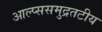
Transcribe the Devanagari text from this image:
आल्प्ससमुद्रतटीय